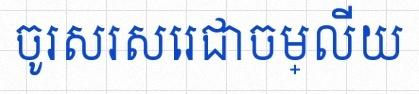
ចូរសរសេរជាចម្លើយ